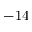
- 1 4